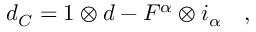
d _ { C } = 1 \otimes d - F ^ { \alpha } \otimes i _ { \alpha } \quad ,